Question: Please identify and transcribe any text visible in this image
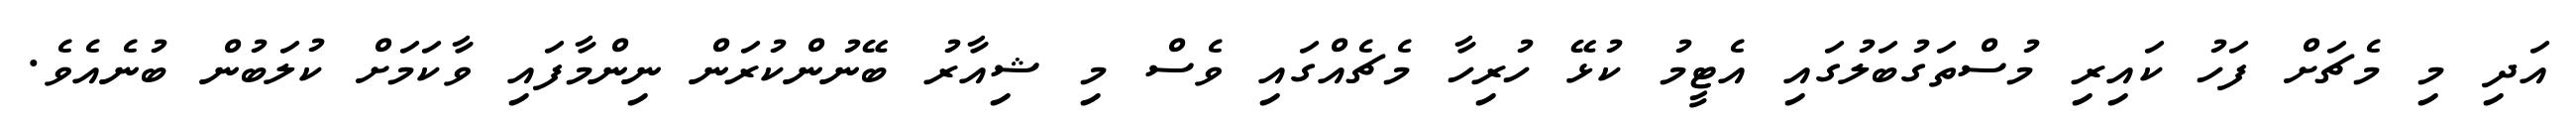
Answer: އަދި މި މެޗަށް ފަހު ކައިރި މުސްތަގުބަލުގައި އެޓީމު ކުޅޭ ހުރިހާ މެޗެއްގައި ވެސް މި ޝިއާރު ބޭނުންކުރަން ނިންމާފައި ވާކަމަށް ކުލަބުން ބުނެއެވެ.